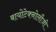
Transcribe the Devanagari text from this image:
बायोटेक्नोलौजी